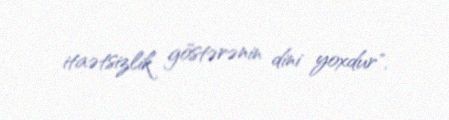
itaətsizlik göstərənin dini yoxdur".